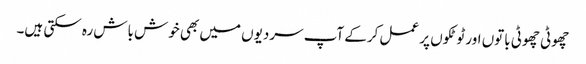
چھوٹی چھوٹی باتوں اور ٹوٹکوں پر عمل کرکے آپ سردیوں میں بھی خوش باش رہ سکتی ہیں۔